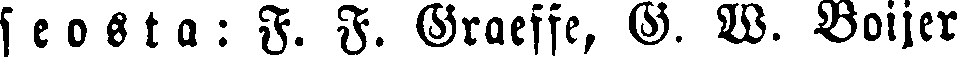
seosta: F. F. Graeffe, G. W. Boijer